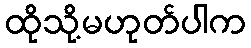
ထိုသို့မဟုတ်ပါက